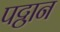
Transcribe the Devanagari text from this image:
पट्ठान